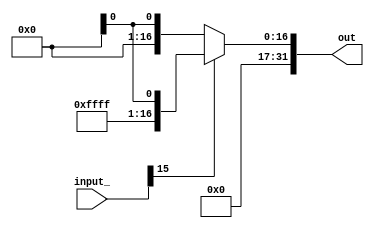
module sign_extension (input_, out);
  input [15:0] input_;
  output [31:0] out;

  assign out = (input_[15] == 1) ? {16'b1111111111111111, in} : {16'b0000000000000000, in};
endmodule